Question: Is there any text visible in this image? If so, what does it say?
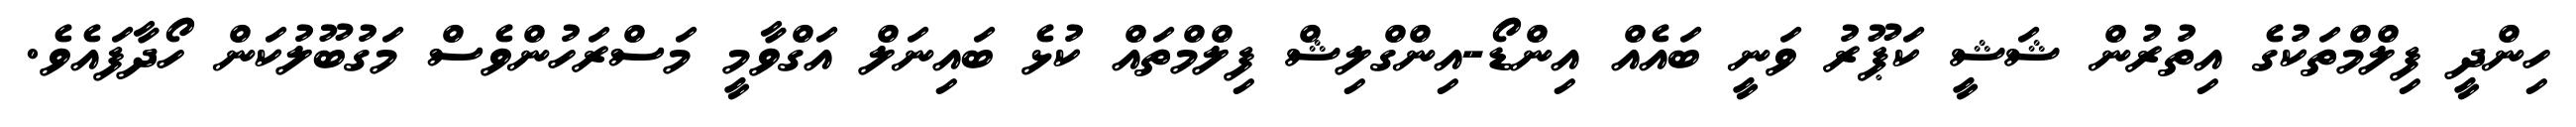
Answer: ހިންދީ ފިލްމްތަކުގެ އިތުރުން ޝަޝީ ކަޕޫރު ވަނީ ބައެއް އިންޑޯ-އިންގްލިޝް ފިލްމްތައް ކުޅެ ބައިނަލް އަގްވާމީ މަސްރަހުންވެސް މަގުބޫލުކަން ހޯދާފައެވެ.